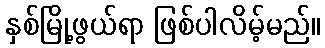
နှစ်မြို့ဖွယ်ရာ ဖြစ်ပါလိမ့်မည်။